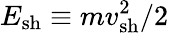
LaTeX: E_{\mathrm{sh}}\equiv mv_{\mathrm{sh}}^{2}/2